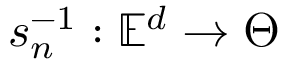
s _ { n } ^ { - 1 } : \mathbb { E } ^ { d } \to \Theta